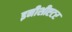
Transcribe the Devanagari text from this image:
इनीशीएटर